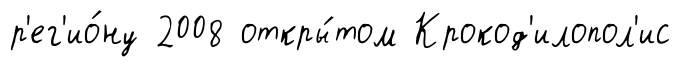
р'ег'ио́ну 2008 откры́том Крокод'илопол'ис